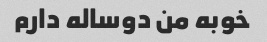
خوبه من دوساله دارم